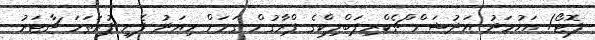
ފޮޓޯ/ އަހުމަދު އަދުޝަން ްޗެކްރިޕަބްލިކްގެ ޕްރާގުން ގަމަށް މިއަދު ފެށި ފުރަތަމަ ޗާޓަރު